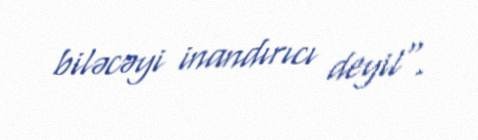
biləcəyi inandırıcı deyil".